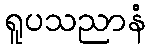
ရူပသညာနံ